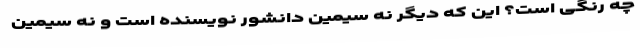
چه رنگی است؟ این که دیگر نه سیمین دانشورِ نویسنده است و نه سیمین